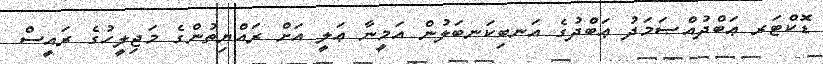
ޑޮކްޓަރ ޢަބްދުއްޞަމަދު ޢަބްދުގެ އަނބިކަނބަލުން އަމީނާ ޢަލީ އަށް ރައްޔިތުންގެ މަޖިލީހުގެ ރައީސް